Vaccine operations Central Provinces 1886-1899 - 1886-1899
Year: 1886
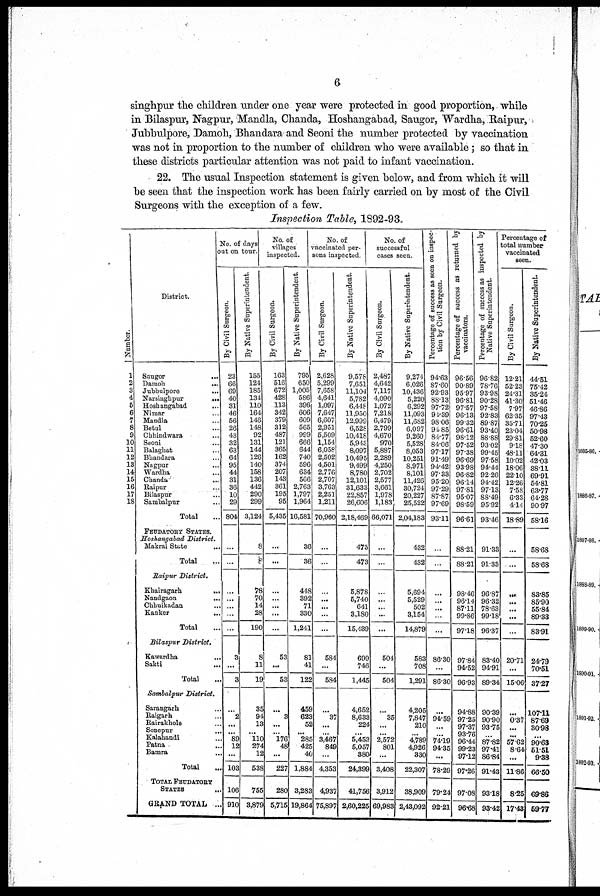
6
singhpur the children under one year were protected in good proportion, while
in Bilaspur, Nagpur, Mandla, Chanda, Hoshangabad, Saugor, Wardha, Raipur,
Jubbulpore, Damoh, Bhandara and Seoni the number protected by vaccination
was not in proportion to the number of children who were available; so that in
these districts particular attention was not paid to infant vaccination.
22. The usual Inspection statement is given below, and from which it will
be seen that the inspection work has been fairly carried on by most of the Civil
Surgeons with the exception of a few.
Inspection Table, 1892-93.
Number.
1
2
3
4
5
6
7
8
9
10
11 12
13
14
15
16
17
18
District.
Saugor
...
Damoh
...
Jubbulpore
...
Narsinghpur
...
Hoshangabad ...
Nimar ...
Mandla ...
Betul ...
Chhindwara ...
Seoni ...
Balaghat ...
Bhandara ...
Nagpur ...
Wardha ...
Chanda ...
Raipur ...
Bilaspur ...
Sambalpur ...
Total
FEUDATORY STATES
Hoshangabad District.
Makrai State ...
Total ...
Raipur District.
Khairagarh
...
Nandgaon
...
Chhuikadan ...
Kanker
...
Total ...
Bilaspur District.
Kawardha
...
Sakti ...
Total ...
Sambalpur District.
Sarangarh ...
Raigarh ...
Rairakhole ...
Sonepur
...
Kalahandi ...
Patna
...
Bamra ...
Total ...
TOTAL FEUDATORY
STATES ...
GRAND TOTAL ...
No. of days
out on tour.
By Civil Sturgeon.
23
66
69
40
31
46
56
26
43
32
63
64
95
44
31
36
10
29
. 804
...
...
...
...
...
...
...
3
...
...
...
2
...
...
89
12
...
103
106
910
By Native Superintendent.
155
124
185
134
110
164
146
148
92
131
144
126
140
158
136
442
290
299
3,124
8
8
78
70
14
28
190
8
11
19
35
94
13
...
110
274
12
538
755
3,879
No. of
villages
inspected.
By Civil Surgeon.
163
516
672
428
113
342
379
312
487
121
365
162
374
207
143
361
195
95
5,435
...
...
...
...
...
...
...
53
...
53
...
3
...
...
176
48
...
227
280
5,715
By Native Superintendent.
795
650
1,005
586
396
606
609
565
999
666
644
740
596
634
566
2,763
1,797
1,964
16,581
36
36
448
392
71
330
1,241
81
41
122
459
623
52
...
285
425
40
1,884
3,283
19,864
No. of
vaccinated per-
sons inspected.
By Civil Surgeon.
2,628
5,299
7,658
4,641
1,097
7,647
6,607
2,951
5,509
1,154
6,058
2,502
4,501
2,776
2,707
3,763
2,251
1,211
70,960
...
...
...
...
...
...
...
584
...
584
...
37
...
...
3,467
849
...
4,353
4,937
75,897
By Native Superintendent.
9,578
7,651
11,104
5,782
6,448
11,950
12,999
6,528
10,418
5,943
8,097
10,495
9,499
8,780
12,101
31,633
22,857
26,606
2,18,469
473
473
5,878
5,740
641
3,180
15,439
699
746
1,445
4,652
8,633
224
...
5,453
5,057
380
24,399
41,756
2,60,225
No. of
successful
cases seen.
By Civil Surgeon,
2,487
4,642
7,117
4,090
1,072
7,218
6,479
2,799
4,670
970
5,887
2,289
4,250
2,702
2,577
3,661
1,978
1,183.
66,071
...
...
...
...
...
...
...
504
...
504
...
35
...
...
2,572
801
...
3,408
3,912
69,983
By Native Superintendent.
9,274
6,026
10,436
5,220
6,292
11,093
11,682
6,097
9,260
5,528
8,053
10,251
8,971
8,101
11,426
30,724
20,227
25,522
2,04,183
432
432
5,694
5,529
502
3,154
14,879
583
708
1,291
4,205
7,847
210
...
4,789
4,926
330
22,307
38,909
2,43,092
Percentage of success as seen on inspec-
tion by Civil Surgeon,
94.63
87.60
92.93
88.13
97.72
91.39
98.06
91.82
84.77
84.06
97.17
91.49
94.42
97.33
95.20
97.29
87.87
97*69
93.11
...
...
...
...
...
...
...
86.30
...
86.30
...
94.59
...
...
74.19
94.35
...
78.29
79.24
92.2l
Percentage of success as returned by
vaccinators.
96.56
90.89
95.97
96.81
97.57
96.13
99.32
96.61
98.12
97.52
97.38
96.69
93.98
96.82
96.14
97.81
95.07
98.59
96.61
88.21
88.21
98.46
96.14
87.11
99.86
97.18
97.84
94.52
96.93
94.88
97.25
97.37
93.76
96.44
99.23
97.12
97.26
97.08
96.68
Percentage of success as inspected by
Native Superintendent.
96.82
78.76
93.98
90.28
97.58
92.83
89.87
93.40
88.88
93.02
99.45
97.58
94.44
92.26
94.42
97.13
88.49
9592
93.46
91.33
91.33
96.87
96.32
78.63
90.18
96.37
83.40
94.91
89.34
90.39
90.90
93.75
...
87.82
97.41
86.84
91.43
93.18
93.42
Percentage of
total number
vaccinated
seen.
By Civil Surgeon.
12.21
52.23
24.31
41.30
7.97
62.35
35.71
23.04
29.81
9.18
48.11
10.02
18.06
22.10
12.26
7.58
6.33
4.14
18.89
...
...
...
...
...
...
...
20.71
...
15.06
...
0.37
...
...
57.62
8.64
...
11.86
8.25
17.43
By Native Superintendent.
44.51
75.42
35.24
51.46
46.86
97.43
70.25
50.98
52.60
47.30
64.31
42.03
38.11
69.91
54.81
63.77
64.28
90.97
58.16
58.68
58.68
83.85
85.90
55.84
89.33
83.91
24.79
70.51
37.27
107.11
87.69
30.98
...
90.63
51.51
9.38
66.50
69.86
59.77